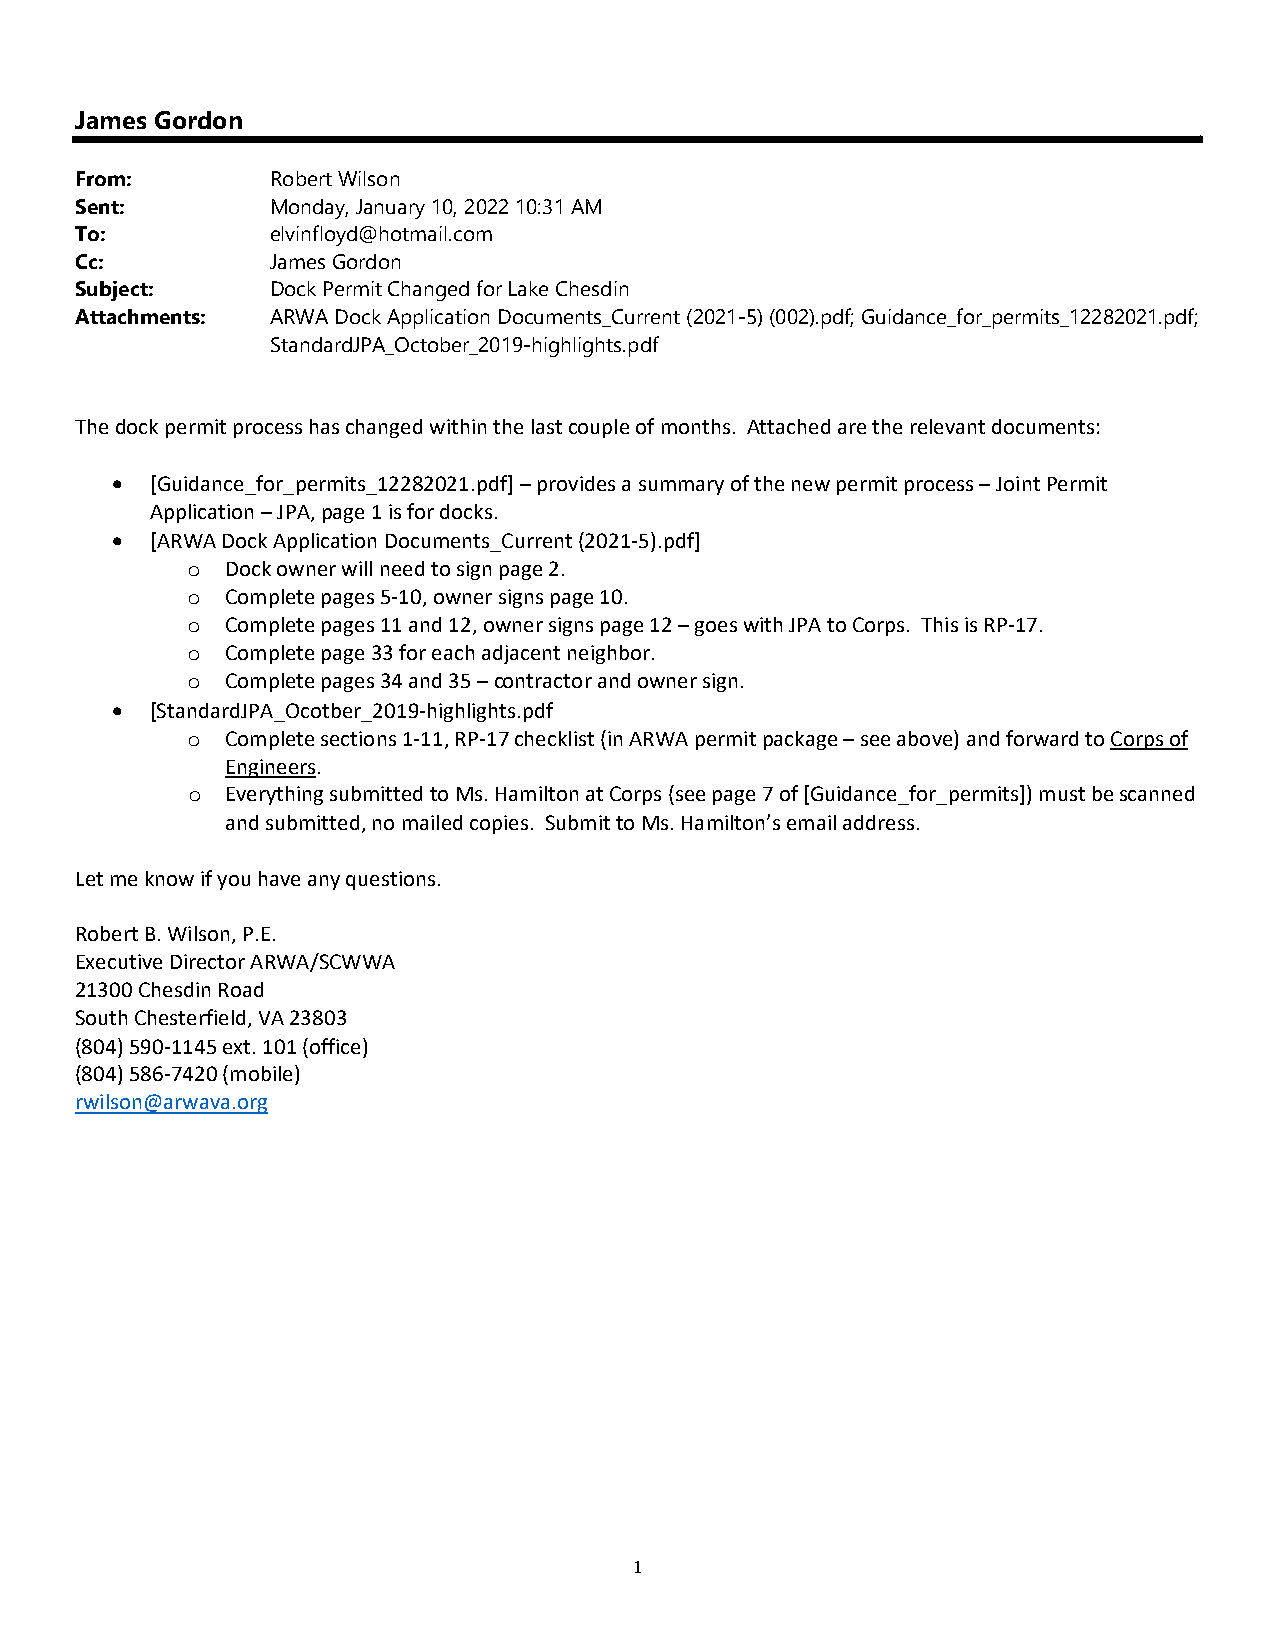
James Gordon
 From:        Robert Wilson
 Sent:        Monday, January 10, 2022 10:31 AM
 To:          elvinfloyd@hotmail.com
 Cc:          James Gordon
 Subject:     Dock Permit Changed for Lake Chesdin
 Attachments: ARWA Dock Application Documents_Current (2021-5) (002).pdf; Guidance_for_permits_12282021.pdf;
 StandardJPA_October_2019-highlights.pdf
 The dock permit process has changed within the last couple of months. Attached are the relevant documents:
   [Guidance_for_permits_12282021.pdf] – provides a summary of the new permit process – Joint Permit
 Application – JPA, page 1 is for docks.
   [ARWA Dock Application Documents_Current (2021‐5).pdf]
 o  Dock owner will need to sign page 2.
 o  Complete pages 5‐10, owner signs page 10.
 o  Complete pages 11 and 12, owner signs page 12 – goes with JPA to Corps. This is RP‐17.
 o  Complete page 33 for each adjacent neighbor.
 o  Complete pages 34 and 35 – contractor and owner sign.
   [StandardJPA_Ocotber_2019‐highlights.pdf
 o  Complete sections 1‐11, RP‐17 checklist (in ARWA permit package – see above) and forward to Corps of
 Engineers.
 o  Everything submitted to Ms. Hamilton at Corps (see page 7 of [Guidance_for_permits]) must be scanned
 and submitted, no mailed copies. Submit to Ms. Hamilton’s email address.
 Let me know if you have any questions.
 Robert B. Wilson, P.E.
 Executive Director ARWA/SCWWA
 21300 Chesdin Road
 South Chesterfield, VA 23803
 (804) 590‐1145 ext. 101 (office)
 (804) 586‐7420 (mobile)
 rwilson@arwava.org
 1